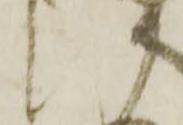
い